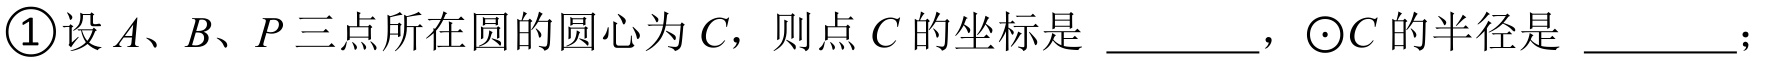
\textcircled{1}设 \(A、B、P\) 三点所在圆的圆心为 \(C\)，则点 \(C\) 的坐标是 \_\_\_\_\_，\(\odot C\) 的半径是 \_\_\_\_\_；